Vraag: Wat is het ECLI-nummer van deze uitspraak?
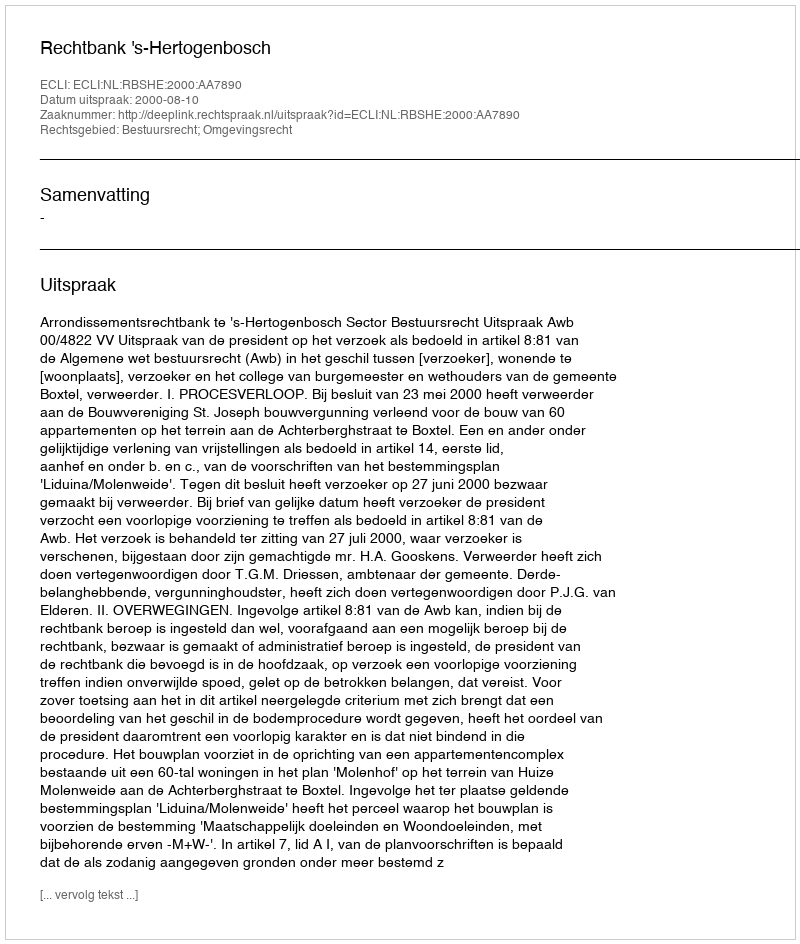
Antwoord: ECLI:NL:RBSHE:2000:AA7890